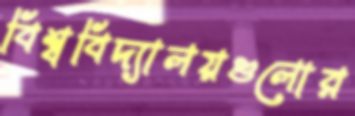
বিশ্ববিদ্যালয়গুলোর